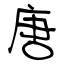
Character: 唐